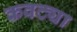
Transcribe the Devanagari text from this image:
कवट्या